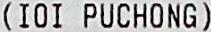
(IOI PUCHONG)